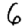
Digit: 6